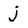
Character: j